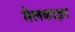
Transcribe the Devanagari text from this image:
मैलकाइट